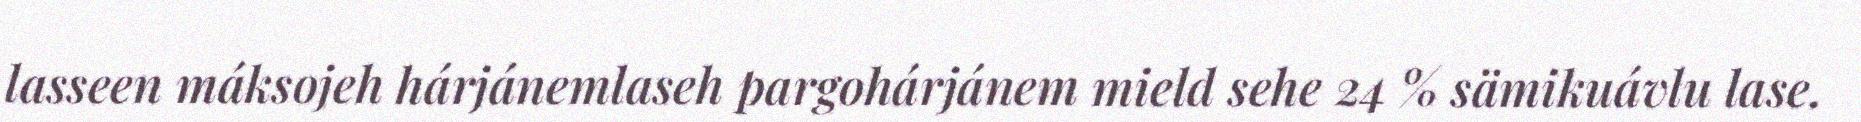
lasseen máksojeh hárjánemlaseh pargohárjánem mield sehe 24 % sämikuávlu lase.